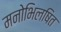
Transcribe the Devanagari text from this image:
मनोभिलषित